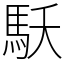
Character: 𩡻